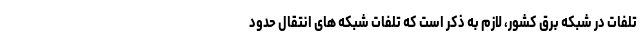
تلفات در شبکه برق کشور، لازم به ذکر است که تلفات شبکه هاى انتقال حدود